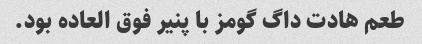
طعم هادت داگ گومز با پنیر فوق العاده بود.